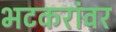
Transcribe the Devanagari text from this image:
भटकरांवर